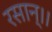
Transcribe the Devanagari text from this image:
रसान्।।